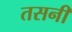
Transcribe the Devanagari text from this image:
तसनी